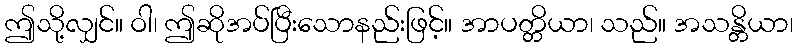
ဤသို့လျှင်။ ဝါ၊ ဤဆိုအပ်ပြီးသောနည်းဖြင့်။ အာပတ္တိယာ၊ သည်။ အသန္တိယာ၊